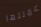
عملتها